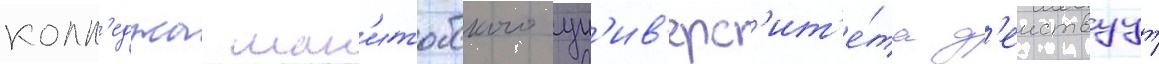
колл'еджа ман'итобского ун'ив'ерс'ит'е́та д'еиствуут